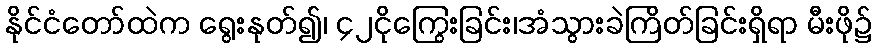
နိုင်ငံတော်ထဲက ရွေးနုတ်၍၊ ၄၂ငိုကြွေးခြင်း၊အံသွားခဲကြိတ်ခြင်းရှိရာ မီးဖို၌